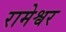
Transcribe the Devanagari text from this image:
रामेश्वर